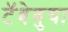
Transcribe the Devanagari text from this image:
टॅबेबुया